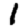
Digit: 1